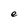
Character: e